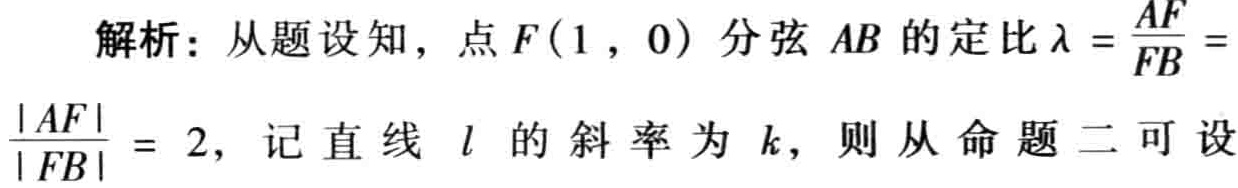
解析：从题设知，点\(F(1,0)\)分弦\(AB\)的定比\(\lambda = \frac{AF}{FB}= \frac{|AF|}{|FB|} = 2\)，记直线 \(l\) 的斜率为 \(k\)，则从命题二可设